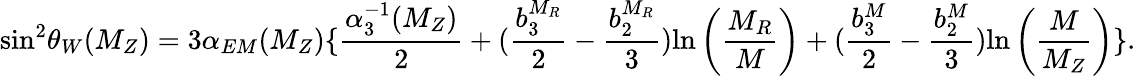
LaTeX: \mathrm{sin}^{2}\theta_{W}(M_{Z})=3\alpha_{EM}(M_{Z})\{ \frac{\alpha_{3}^{-1}(M_{Z})}{2}+(\frac{b_{3}^{M_{R}}}{2}-\frac{b_{2}^{M_{R}}}{3})\mathrm{ln}\left({\frac{M_{R}}{M}}\right)+(\frac{b_{3}^{M}}{2}-\frac{b_{2}^{M}}{3})\mathrm{ln}\left({\frac{M}{M_{Z}}}\right)\} .